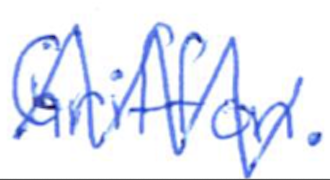
Text: Griffon.
Cross-out: mix
Writing tool: ballpoint